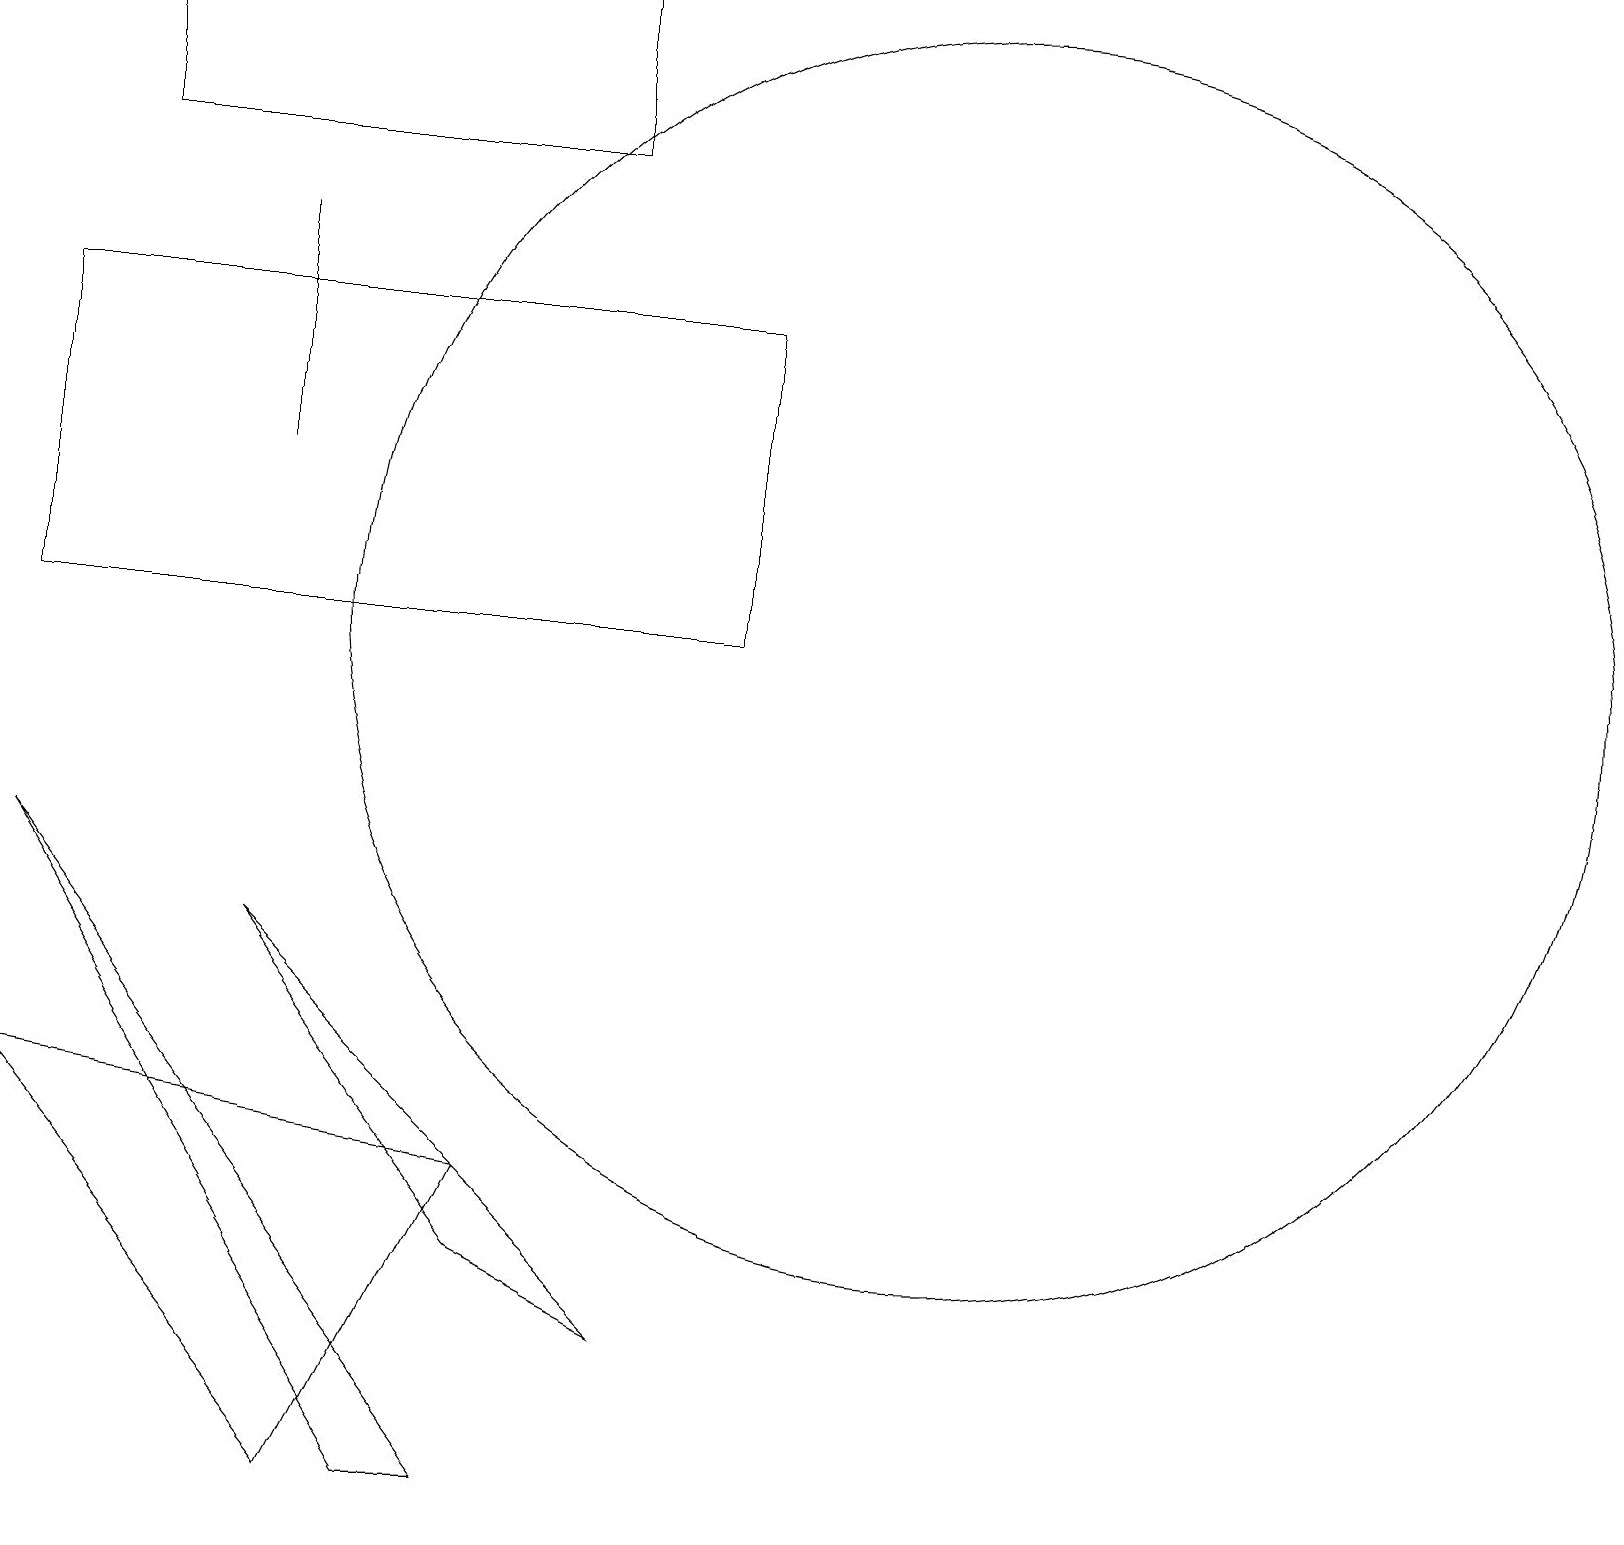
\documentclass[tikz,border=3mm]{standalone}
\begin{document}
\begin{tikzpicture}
\draw (7,19) rectangle (1,17);
\draw (3,16) rectangle (3,13);
\draw (0,8) -- (5,0) -- (6,0) -- cycle;
\draw (9,11) rectangle (0,15);
\draw (6,4) -- (0,5) -- (4,0) -- cycle;
\draw (12,11) circle (8);
\draw (8,2) -- (6,3) -- (3,7) -- cycle;
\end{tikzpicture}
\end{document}